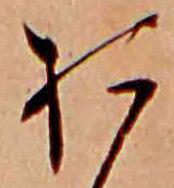
お